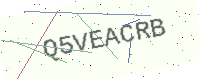
Text: Q5VEACRB